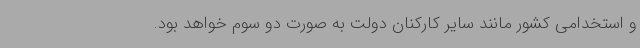
و استخدامی کشور مانند سایر کارکنان دولت به صورت دو سوم خواهد بود.